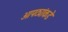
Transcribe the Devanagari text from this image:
आपट्यांकडे